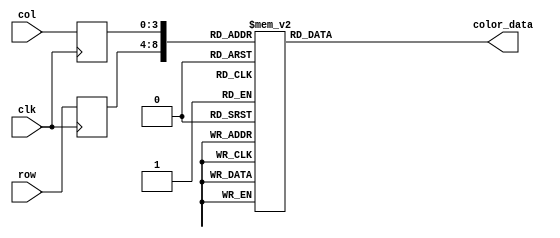
//K.Bajur
module wall_mem
	(
		input wire clk,
		input wire [4:0] row,
		input wire [3:0] col,
		output reg [11:0] color_data
	);

	(* rom_style = "block" *)

	
	reg [4:0] row_reg;
	reg [3:0] col_reg;

	always @(posedge clk)
		begin
		row_reg <= row;
		col_reg <= col;
		end

	always @*
	case ({row_reg, col_reg})
		9'b000000000: color_data = 12'b011011011110;
		9'b000000001: color_data = 12'b000000000000;
		9'b000000010: color_data = 12'b000000000000;
		9'b000000011: color_data = 12'b000000000000;
		9'b000000100: color_data = 12'b000000000000;
		9'b000000101: color_data = 12'b000000000000;
		9'b000000110: color_data = 12'b000000000000;
		9'b000000111: color_data = 12'b000000000000;
		9'b000001000: color_data = 12'b000000000000;
		9'b000001001: color_data = 12'b000000000000;
		9'b000001010: color_data = 12'b000000000000;
		9'b000001011: color_data = 12'b000000000000;
		9'b000001100: color_data = 12'b000000000000;
		9'b000001101: color_data = 12'b000000000000;
		9'b000001110: color_data = 12'b000000000000;
		9'b000001111: color_data = 12'b011011011110;

		9'b000010000: color_data = 12'b000000000000;
		9'b000010001: color_data = 12'b000000000000;
		9'b000010010: color_data = 12'b110011001101;
		9'b000010011: color_data = 12'b110011001101;
		9'b000010100: color_data = 12'b110011001101;
		9'b000010101: color_data = 12'b110011001101;
		9'b000010110: color_data = 12'b110011001101;
		9'b000010111: color_data = 12'b110011001101;
		9'b000011000: color_data = 12'b110011001101;
		9'b000011001: color_data = 12'b110011001101;
		9'b000011010: color_data = 12'b110011001101;
		9'b000011011: color_data = 12'b110011001101;
		9'b000011100: color_data = 12'b100110011001;
		9'b000011101: color_data = 12'b100110011001;
		9'b000011110: color_data = 12'b000000000000;
		9'b000011111: color_data = 12'b000000000000;

		9'b000100000: color_data = 12'b000000000000;
		9'b000100001: color_data = 12'b000000000000;
		9'b000100010: color_data = 12'b110011001101;
		9'b000100011: color_data = 12'b110011001101;
		9'b000100100: color_data = 12'b110011001101;
		9'b000100101: color_data = 12'b110011001101;
		9'b000100110: color_data = 12'b110011001101;
		9'b000100111: color_data = 12'b110011001101;
		9'b000101000: color_data = 12'b110011001101;
		9'b000101001: color_data = 12'b100110011001;
		9'b000101010: color_data = 12'b100110011001;
		9'b000101011: color_data = 12'b100110011001;
		9'b000101100: color_data = 12'b100110011001;
		9'b000101101: color_data = 12'b100110011001;
		9'b000101110: color_data = 12'b100110011001;
		9'b000101111: color_data = 12'b000000000000;

		9'b000110000: color_data = 12'b000000000000;
		9'b000110001: color_data = 12'b110011001101;
		9'b000110010: color_data = 12'b110011001101;
		9'b000110011: color_data = 12'b110011001101;
		9'b000110100: color_data = 12'b100110011001;
		9'b000110101: color_data = 12'b100110011001;
		9'b000110110: color_data = 12'b110011001101;
		9'b000110111: color_data = 12'b110011001101;
		9'b000111000: color_data = 12'b110011001101;
		9'b000111001: color_data = 12'b100110011001;
		9'b000111010: color_data = 12'b100110011001;
		9'b000111011: color_data = 12'b100110011001;
		9'b000111100: color_data = 12'b100110011001;
		9'b000111101: color_data = 12'b100110011001;
		9'b000111110: color_data = 12'b010101010101;
		9'b000111111: color_data = 12'b000000000000;

		9'b001000000: color_data = 12'b000000000000;
		9'b001000001: color_data = 12'b110011001101;
		9'b001000010: color_data = 12'b110011001101;
		9'b001000011: color_data = 12'b110011001101;
		9'b001000100: color_data = 12'b100110011001;
		9'b001000101: color_data = 12'b100110011001;
		9'b001000110: color_data = 12'b110011001101;
		9'b001000111: color_data = 12'b110011001101;
		9'b001001000: color_data = 12'b110011001101;
		9'b001001001: color_data = 12'b100110011001;
		9'b001001010: color_data = 12'b100110011001;
		9'b001001011: color_data = 12'b100110011001;
		9'b001001100: color_data = 12'b100110011001;
		9'b001001101: color_data = 12'b100110011001;
		9'b001001110: color_data = 12'b010101010101;
		9'b001001111: color_data = 12'b000000000000;

		9'b001010000: color_data = 12'b000000000000;
		9'b001010001: color_data = 12'b110011001101;
		9'b001010010: color_data = 12'b110011001101;
		9'b001010011: color_data = 12'b100110011001;
		9'b001010100: color_data = 12'b100110011001;
		9'b001010101: color_data = 12'b100110011001;
		9'b001010110: color_data = 12'b100110011001;
		9'b001010111: color_data = 12'b100110011001;
		9'b001011000: color_data = 12'b100110011001;
		9'b001011001: color_data = 12'b100110011001;
		9'b001011010: color_data = 12'b100110011001;
		9'b001011011: color_data = 12'b100110011001;
		9'b001011100: color_data = 12'b100110011001;
		9'b001011101: color_data = 12'b100110011001;
		9'b001011110: color_data = 12'b010101010101;
		9'b001011111: color_data = 12'b000000000000;

		9'b001100000: color_data = 12'b000000000000;
		9'b001100001: color_data = 12'b110011001101;
		9'b001100010: color_data = 12'b110011001101;
		9'b001100011: color_data = 12'b100110011001;
		9'b001100100: color_data = 12'b100110011001;
		9'b001100101: color_data = 12'b100110011001;
		9'b001100110: color_data = 12'b110011001101;
		9'b001100111: color_data = 12'b110011001101;
		9'b001101000: color_data = 12'b100110011001;
		9'b001101001: color_data = 12'b100110011001;
		9'b001101010: color_data = 12'b100110011001;
		9'b001101011: color_data = 12'b100110011001;
		9'b001101100: color_data = 12'b010101010101;
		9'b001101101: color_data = 12'b010101010101;
		9'b001101110: color_data = 12'b010101010101;
		9'b001101111: color_data = 12'b000000000000;

		9'b001110000: color_data = 12'b000000000000;
		9'b001110001: color_data = 12'b110011001101;
		9'b001110010: color_data = 12'b110011001101;
		9'b001110011: color_data = 12'b100110011001;
		9'b001110100: color_data = 12'b100110011001;
		9'b001110101: color_data = 12'b100110011001;
		9'b001110110: color_data = 12'b110011001101;
		9'b001110111: color_data = 12'b110011001101;
		9'b001111000: color_data = 12'b100110011001;
		9'b001111001: color_data = 12'b100110011001;
		9'b001111010: color_data = 12'b010101010101;
		9'b001111011: color_data = 12'b010101010101;
		9'b001111100: color_data = 12'b100110011001;
		9'b001111101: color_data = 12'b010101010101;
		9'b001111110: color_data = 12'b010101010101;
		9'b001111111: color_data = 12'b000000000000;

		9'b010000000: color_data = 12'b000000000000;
		9'b010000001: color_data = 12'b100110011001;
		9'b010000010: color_data = 12'b100110011001;
		9'b010000011: color_data = 12'b100110011001;
		9'b010000100: color_data = 12'b100110011001;
		9'b010000101: color_data = 12'b100110011001;
		9'b010000110: color_data = 12'b110011001101;
		9'b010000111: color_data = 12'b110011001101;
		9'b010001000: color_data = 12'b100110011001;
		9'b010001001: color_data = 12'b100110011001;
		9'b010001010: color_data = 12'b010101010101;
		9'b010001011: color_data = 12'b010101010101;
		9'b010001100: color_data = 12'b100110011001;
		9'b010001101: color_data = 12'b010101010101;
		9'b010001110: color_data = 12'b010101010101;
		9'b010001111: color_data = 12'b000000000000;

		9'b010010000: color_data = 12'b000000000000;
		9'b010010001: color_data = 12'b100110011001;
		9'b010010010: color_data = 12'b100110011001;
		9'b010010011: color_data = 12'b010101010101;
		9'b010010100: color_data = 12'b100110011001;
		9'b010010101: color_data = 12'b100110011001;
		9'b010010110: color_data = 12'b100110011001;
		9'b010010111: color_data = 12'b100110011001;
		9'b010011000: color_data = 12'b100110011001;
		9'b010011001: color_data = 12'b100110011001;
		9'b010011010: color_data = 12'b010101010101;
		9'b010011011: color_data = 12'b010101010101;
		9'b010011100: color_data = 12'b010101010101;
		9'b010011101: color_data = 12'b010101010101;
		9'b010011110: color_data = 12'b010101010101;
		9'b010011111: color_data = 12'b000000000000;

		9'b010100000: color_data = 12'b000000000000;
		9'b010100001: color_data = 12'b100110011001;
		9'b010100010: color_data = 12'b100110011001;
		9'b010100011: color_data = 12'b100110011001;
		9'b010100100: color_data = 12'b100110011001;
		9'b010100101: color_data = 12'b100110011001;
		9'b010100110: color_data = 12'b100110011001;
		9'b010100111: color_data = 12'b100110011001;
		9'b010101000: color_data = 12'b010101010101;
		9'b010101001: color_data = 12'b010101010101;
		9'b010101010: color_data = 12'b010101010101;
		9'b010101011: color_data = 12'b010101010101;
		9'b010101100: color_data = 12'b010101010101;
		9'b010101101: color_data = 12'b010101010101;
		9'b010101110: color_data = 12'b010101010101;
		9'b010101111: color_data = 12'b000000000000;

		9'b010110000: color_data = 12'b000000000000;
		9'b010110001: color_data = 12'b100110011001;
		9'b010110010: color_data = 12'b100110011001;
		9'b010110011: color_data = 12'b010101010101;
		9'b010110100: color_data = 12'b110011001101;
		9'b010110101: color_data = 12'b110011001101;
		9'b010110110: color_data = 12'b010101010101;
		9'b010110111: color_data = 12'b010101010101;
		9'b010111000: color_data = 12'b010101010101;
		9'b010111001: color_data = 12'b010101010101;
		9'b010111010: color_data = 12'b010101010101;
		9'b010111011: color_data = 12'b100110011001;
		9'b010111100: color_data = 12'b100110011001;
		9'b010111101: color_data = 12'b010101010101;
		9'b010111110: color_data = 12'b010101010101;
		9'b010111111: color_data = 12'b000000000000;

		9'b011000000: color_data = 12'b000000000000;
		9'b011000001: color_data = 12'b010101010101;
		9'b011000010: color_data = 12'b010101010101;
		9'b011000011: color_data = 12'b010101010101;
		9'b011000100: color_data = 12'b110011001101;
		9'b011000101: color_data = 12'b110011001101;
		9'b011000110: color_data = 12'b010101010101;
		9'b011000111: color_data = 12'b010101010101;
		9'b011001000: color_data = 12'b010101010101;
		9'b011001001: color_data = 12'b010101010101;
		9'b011001010: color_data = 12'b010101010101;
		9'b011001011: color_data = 12'b100110011001;
		9'b011001100: color_data = 12'b100110011001;
		9'b011001101: color_data = 12'b010101010101;
		9'b011001110: color_data = 12'b010101010101;
		9'b011001111: color_data = 12'b000000000000;

		9'b011010000: color_data = 12'b000000000000;
		9'b011010001: color_data = 12'b010101010101;
		9'b011010010: color_data = 12'b010101010101;
		9'b011010011: color_data = 12'b010101010101;
		9'b011010100: color_data = 12'b010101010101;
		9'b011010101: color_data = 12'b010101010101;
		9'b011010110: color_data = 12'b010101010101;
		9'b011010111: color_data = 12'b010101010101;
		9'b011011000: color_data = 12'b010101010101;
		9'b011011001: color_data = 12'b010101010101;
		9'b011011010: color_data = 12'b010101010101;
		9'b011011011: color_data = 12'b010101010101;
		9'b011011100: color_data = 12'b010101010101;
		9'b011011101: color_data = 12'b010101010101;
		9'b011011110: color_data = 12'b000000000000;
		9'b011011111: color_data = 12'b000000000000;

		9'b011100000: color_data = 12'b000000000000;
		9'b011100001: color_data = 12'b000000000000;
		9'b011100010: color_data = 12'b010101010101;
		9'b011100011: color_data = 12'b010101010101;
		9'b011100100: color_data = 12'b010101010101;
		9'b011100101: color_data = 12'b010101010101;
		9'b011100110: color_data = 12'b010101010101;
		9'b011100111: color_data = 12'b010101010101;
		9'b011101000: color_data = 12'b010101010101;
		9'b011101001: color_data = 12'b010101010101;
		9'b011101010: color_data = 12'b010101010101;
		9'b011101011: color_data = 12'b010101010101;
		9'b011101100: color_data = 12'b010101010101;
		9'b011101101: color_data = 12'b000000000000;
		9'b011101110: color_data = 12'b000000000000;
		9'b011101111: color_data = 12'b000000000000;

		9'b011110000: color_data = 12'b011011011110;
		9'b011110001: color_data = 12'b000000000000;
		9'b011110010: color_data = 12'b000000000000;
		9'b011110011: color_data = 12'b000000000000;
		9'b011110100: color_data = 12'b000000000000;
		9'b011110101: color_data = 12'b000000000000;
		9'b011110110: color_data = 12'b000000000000;
		9'b011110111: color_data = 12'b000000000000;
		9'b011111000: color_data = 12'b000000000000;
		9'b011111001: color_data = 12'b000000000000;
		9'b011111010: color_data = 12'b000000000000;
		9'b011111011: color_data = 12'b000000000000;
		9'b011111100: color_data = 12'b000000000000;
		9'b011111101: color_data = 12'b000000000000;
		9'b011111110: color_data = 12'b000000000000;
		9'b011111111: color_data = 12'b011011011110;

		9'b100000000: color_data = 12'b011011011110;
		9'b100000001: color_data = 12'b000000000000;
		9'b100000010: color_data = 12'b000000000000;
		9'b100000011: color_data = 12'b000000000000;
		9'b100000100: color_data = 12'b000000000000;
		9'b100000101: color_data = 12'b000000000000;
		9'b100000110: color_data = 12'b000000000000;
		9'b100000111: color_data = 12'b000000000000;
		9'b100001000: color_data = 12'b000000000000;
		9'b100001001: color_data = 12'b000000000000;
		9'b100001010: color_data = 12'b000000000000;
		9'b100001011: color_data = 12'b000000000000;
		9'b100001100: color_data = 12'b000000000000;
		9'b100001101: color_data = 12'b000000000000;
		9'b100001110: color_data = 12'b000000000000;
		9'b100001111: color_data = 12'b011011011110;

		9'b100010000: color_data = 12'b000000000000;
		9'b100010001: color_data = 12'b000000000000;
		9'b100010010: color_data = 12'b110011001101;
		9'b100010011: color_data = 12'b110011001101;
		9'b100010100: color_data = 12'b110011001101;
		9'b100010101: color_data = 12'b110011001101;
		9'b100010110: color_data = 12'b110011001101;
		9'b100010111: color_data = 12'b110011001101;
		9'b100011000: color_data = 12'b110011001101;
		9'b100011001: color_data = 12'b110011001101;
		9'b100011010: color_data = 12'b110011001101;
		9'b100011011: color_data = 12'b110011001101;
		9'b100011100: color_data = 12'b100110011001;
		9'b100011101: color_data = 12'b100110011001;
		9'b100011110: color_data = 12'b000000000000;
		9'b100011111: color_data = 12'b000000000000;

		9'b100100000: color_data = 12'b000000000000;
		9'b100100001: color_data = 12'b000000000000;
		9'b100100010: color_data = 12'b110011001101;
		9'b100100011: color_data = 12'b110011001101;
		9'b100100100: color_data = 12'b110011001101;
		9'b100100101: color_data = 12'b110011001101;
		9'b100100110: color_data = 12'b110011001101;
		9'b100100111: color_data = 12'b110011001101;
		9'b100101000: color_data = 12'b110011001101;
		9'b100101001: color_data = 12'b100110011001;
		9'b100101010: color_data = 12'b100110011001;
		9'b100101011: color_data = 12'b100110011001;
		9'b100101100: color_data = 12'b100110011001;
		9'b100101101: color_data = 12'b100110011001;
		9'b100101110: color_data = 12'b100110011001;
		9'b100101111: color_data = 12'b000000000000;

		9'b100110000: color_data = 12'b000000000000;
		9'b100110001: color_data = 12'b110011001101;
		9'b100110010: color_data = 12'b110011001101;
		9'b100110011: color_data = 12'b110011001101;
		9'b100110100: color_data = 12'b100110011001;
		9'b100110101: color_data = 12'b100110011001;
		9'b100110110: color_data = 12'b110011001101;
		9'b100110111: color_data = 12'b110011001101;
		9'b100111000: color_data = 12'b110011001101;
		9'b100111001: color_data = 12'b100110011001;
		9'b100111010: color_data = 12'b100110011001;
		9'b100111011: color_data = 12'b100110011001;
		9'b100111100: color_data = 12'b100110011001;
		9'b100111101: color_data = 12'b100110011001;
		9'b100111110: color_data = 12'b010101010101;
		9'b100111111: color_data = 12'b000000000000;

		9'b101000000: color_data = 12'b000000000000;
		9'b101000001: color_data = 12'b110011001101;
		9'b101000010: color_data = 12'b110011001101;
		9'b101000011: color_data = 12'b110011001101;
		9'b101000100: color_data = 12'b100110011001;
		9'b101000101: color_data = 12'b100110011001;
		9'b101000110: color_data = 12'b110011001101;
		9'b101000111: color_data = 12'b110011001101;
		9'b101001000: color_data = 12'b110011001101;
		9'b101001001: color_data = 12'b100110011001;
		9'b101001010: color_data = 12'b100110011001;
		9'b101001011: color_data = 12'b100110011001;
		9'b101001100: color_data = 12'b100110011001;
		9'b101001101: color_data = 12'b100110011001;
		9'b101001110: color_data = 12'b010101010101;
		9'b101001111: color_data = 12'b000000000000;

		9'b101010000: color_data = 12'b000000000000;
		9'b101010001: color_data = 12'b110011001101;
		9'b101010010: color_data = 12'b110011001101;
		9'b101010011: color_data = 12'b100110011001;
		9'b101010100: color_data = 12'b100110011001;
		9'b101010101: color_data = 12'b100110011001;
		9'b101010110: color_data = 12'b100110011001;
		9'b101010111: color_data = 12'b100110011001;
		9'b101011000: color_data = 12'b100110011001;
		9'b101011001: color_data = 12'b100110011001;
		9'b101011010: color_data = 12'b100110011001;
		9'b101011011: color_data = 12'b100110011001;
		9'b101011100: color_data = 12'b100110011001;
		9'b101011101: color_data = 12'b100110011001;
		9'b101011110: color_data = 12'b010101010101;
		9'b101011111: color_data = 12'b000000000000;

		9'b101100000: color_data = 12'b000000000000;
		9'b101100001: color_data = 12'b110011001101;
		9'b101100010: color_data = 12'b110011001101;
		9'b101100011: color_data = 12'b100110011001;
		9'b101100100: color_data = 12'b100110011001;
		9'b101100101: color_data = 12'b100110011001;
		9'b101100110: color_data = 12'b110011001101;
		9'b101100111: color_data = 12'b110011001101;
		9'b101101000: color_data = 12'b100110011001;
		9'b101101001: color_data = 12'b100110011001;
		9'b101101010: color_data = 12'b100110011001;
		9'b101101011: color_data = 12'b100110011001;
		9'b101101100: color_data = 12'b010101010101;
		9'b101101101: color_data = 12'b010101010101;
		9'b101101110: color_data = 12'b010101010101;
		9'b101101111: color_data = 12'b000000000000;

		9'b101110000: color_data = 12'b000000000000;
		9'b101110001: color_data = 12'b110011001101;
		9'b101110010: color_data = 12'b110011001101;
		9'b101110011: color_data = 12'b100110011001;
		9'b101110100: color_data = 12'b100110011001;
		9'b101110101: color_data = 12'b100110011001;
		9'b101110110: color_data = 12'b110011001101;
		9'b101110111: color_data = 12'b110011001101;
		9'b101111000: color_data = 12'b100110011001;
		9'b101111001: color_data = 12'b100110011001;
		9'b101111010: color_data = 12'b010101010101;
		9'b101111011: color_data = 12'b010101010101;
		9'b101111100: color_data = 12'b100110011001;
		9'b101111101: color_data = 12'b010101010101;
		9'b101111110: color_data = 12'b010101010101;
		9'b101111111: color_data = 12'b000000000000;

		9'b110000000: color_data = 12'b000000000000;
		9'b110000001: color_data = 12'b100110011001;
		9'b110000010: color_data = 12'b100110011001;
		9'b110000011: color_data = 12'b100110011001;
		9'b110000100: color_data = 12'b100110011001;
		9'b110000101: color_data = 12'b100110011001;
		9'b110000110: color_data = 12'b110011001101;
		9'b110000111: color_data = 12'b110011001101;
		9'b110001000: color_data = 12'b100110011001;
		9'b110001001: color_data = 12'b100110011001;
		9'b110001010: color_data = 12'b010101010101;
		9'b110001011: color_data = 12'b010101010101;
		9'b110001100: color_data = 12'b100110011001;
		9'b110001101: color_data = 12'b010101010101;
		9'b110001110: color_data = 12'b010101010101;
		9'b110001111: color_data = 12'b000000000000;

		9'b110010000: color_data = 12'b000000000000;
		9'b110010001: color_data = 12'b100110011001;
		9'b110010010: color_data = 12'b100110011001;
		9'b110010011: color_data = 12'b010101010101;
		9'b110010100: color_data = 12'b100110011001;
		9'b110010101: color_data = 12'b100110011001;
		9'b110010110: color_data = 12'b100110011001;
		9'b110010111: color_data = 12'b100110011001;
		9'b110011000: color_data = 12'b100110011001;
		9'b110011001: color_data = 12'b100110011001;
		9'b110011010: color_data = 12'b010101010101;
		9'b110011011: color_data = 12'b010101010101;
		9'b110011100: color_data = 12'b010101010101;
		9'b110011101: color_data = 12'b010101010101;
		9'b110011110: color_data = 12'b010101010101;
		9'b110011111: color_data = 12'b000000000000;

		9'b110100000: color_data = 12'b000000000000;
		9'b110100001: color_data = 12'b100110011001;
		9'b110100010: color_data = 12'b100110011001;
		9'b110100011: color_data = 12'b100110011001;
		9'b110100100: color_data = 12'b100110011001;
		9'b110100101: color_data = 12'b100110011001;
		9'b110100110: color_data = 12'b100110011001;
		9'b110100111: color_data = 12'b100110011001;
		9'b110101000: color_data = 12'b010101010101;
		9'b110101001: color_data = 12'b010101010101;
		9'b110101010: color_data = 12'b010101010101;
		9'b110101011: color_data = 12'b010101010101;
		9'b110101100: color_data = 12'b010101010101;
		9'b110101101: color_data = 12'b010101010101;
		9'b110101110: color_data = 12'b010101010101;
		9'b110101111: color_data = 12'b000000000000;

		9'b110110000: color_data = 12'b000000000000;
		9'b110110001: color_data = 12'b100110011001;
		9'b110110010: color_data = 12'b100110011001;
		9'b110110011: color_data = 12'b010101010101;
		9'b110110100: color_data = 12'b110011001101;
		9'b110110101: color_data = 12'b110011001101;
		9'b110110110: color_data = 12'b010101010101;
		9'b110110111: color_data = 12'b010101010101;
		9'b110111000: color_data = 12'b010101010101;
		9'b110111001: color_data = 12'b010101010101;
		9'b110111010: color_data = 12'b010101010101;
		9'b110111011: color_data = 12'b100110011001;
		9'b110111100: color_data = 12'b100110011001;
		9'b110111101: color_data = 12'b010101010101;
		9'b110111110: color_data = 12'b010101010101;
		9'b110111111: color_data = 12'b000000000000;

		9'b111000000: color_data = 12'b000000000000;
		9'b111000001: color_data = 12'b010101010101;
		9'b111000010: color_data = 12'b010101010101;
		9'b111000011: color_data = 12'b010101010101;
		9'b111000100: color_data = 12'b110011001101;
		9'b111000101: color_data = 12'b110011001101;
		9'b111000110: color_data = 12'b010101010101;
		9'b111000111: color_data = 12'b010101010101;
		9'b111001000: color_data = 12'b010101010101;
		9'b111001001: color_data = 12'b010101010101;
		9'b111001010: color_data = 12'b010101010101;
		9'b111001011: color_data = 12'b100110011001;
		9'b111001100: color_data = 12'b100110011001;
		9'b111001101: color_data = 12'b010101010101;
		9'b111001110: color_data = 12'b010101010101;
		9'b111001111: color_data = 12'b000000000000;

		9'b111010000: color_data = 12'b000000000000;
		9'b111010001: color_data = 12'b010101010101;
		9'b111010010: color_data = 12'b010101010101;
		9'b111010011: color_data = 12'b010101010101;
		9'b111010100: color_data = 12'b010101010101;
		9'b111010101: color_data = 12'b010101010101;
		9'b111010110: color_data = 12'b010101010101;
		9'b111010111: color_data = 12'b010101010101;
		9'b111011000: color_data = 12'b010101010101;
		9'b111011001: color_data = 12'b010101010101;
		9'b111011010: color_data = 12'b010101010101;
		9'b111011011: color_data = 12'b010101010101;
		9'b111011100: color_data = 12'b010101010101;
		9'b111011101: color_data = 12'b010101010101;
		9'b111011110: color_data = 12'b000000000000;
		9'b111011111: color_data = 12'b000000000000;

		9'b111100000: color_data = 12'b000000000000;
		9'b111100001: color_data = 12'b000000000000;
		9'b111100010: color_data = 12'b010101010101;
		9'b111100011: color_data = 12'b010101010101;
		9'b111100100: color_data = 12'b010101010101;
		9'b111100101: color_data = 12'b010101010101;
		9'b111100110: color_data = 12'b010101010101;
		9'b111100111: color_data = 12'b010101010101;
		9'b111101000: color_data = 12'b010101010101;
		9'b111101001: color_data = 12'b010101010101;
		9'b111101010: color_data = 12'b010101010101;
		9'b111101011: color_data = 12'b010101010101;
		9'b111101100: color_data = 12'b010101010101;
		9'b111101101: color_data = 12'b000000000000;
		9'b111101110: color_data = 12'b000000000000;
		9'b111101111: color_data = 12'b000000000000;

		9'b111110000: color_data = 12'b011011011110;
		9'b111110001: color_data = 12'b000000000000;
		9'b111110010: color_data = 12'b000000000000;
		9'b111110011: color_data = 12'b000000000000;
		9'b111110100: color_data = 12'b000000000000;
		9'b111110101: color_data = 12'b000000000000;
		9'b111110110: color_data = 12'b000000000000;
		9'b111110111: color_data = 12'b000000000000;
		9'b111111000: color_data = 12'b000000000000;
		9'b111111001: color_data = 12'b000000000000;
		9'b111111010: color_data = 12'b000000000000;
		9'b111111011: color_data = 12'b000000000000;
		9'b111111100: color_data = 12'b000000000000;
		9'b111111101: color_data = 12'b000000000000;
		9'b111111110: color_data = 12'b000000000000;
		9'b111111111: color_data = 12'b011011011110;

		default: color_data = 12'b000000000000;
	endcase
endmodule